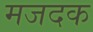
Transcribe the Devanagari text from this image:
मजदक